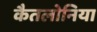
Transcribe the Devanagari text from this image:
कैतलोनिया